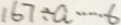
1 6 7 \div a \cdots 6